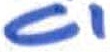
Text: C1